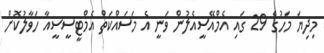
މިދިޔަ މަހުގެ 29 ގައި އެމްއޭސީއެލުން ވަނީ އެ މަސައްކަތް އެމްޓީސީސީއާ ހަވާލުކޮށް